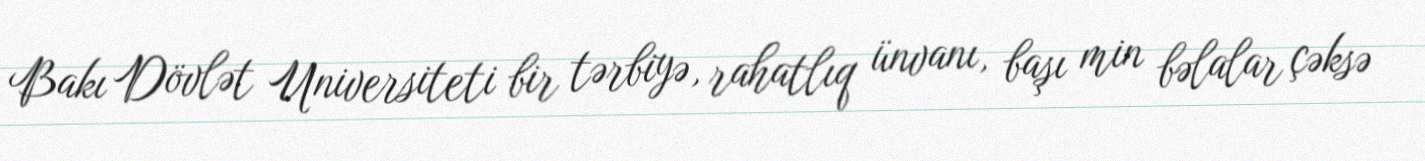
Bakı Dövlət Universiteti bir tərbiyə, rahatlıq ünvanı, başı min bəlalar çəksə